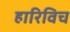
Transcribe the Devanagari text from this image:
हारिविच